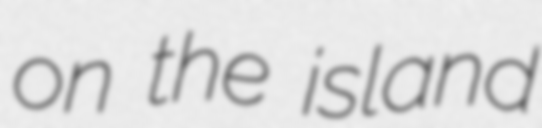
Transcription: on the island